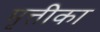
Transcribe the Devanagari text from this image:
मृत्तीका